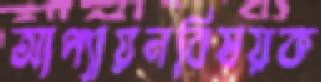
আপ্যায়নবিষয়ক